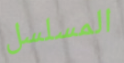
المسلسل